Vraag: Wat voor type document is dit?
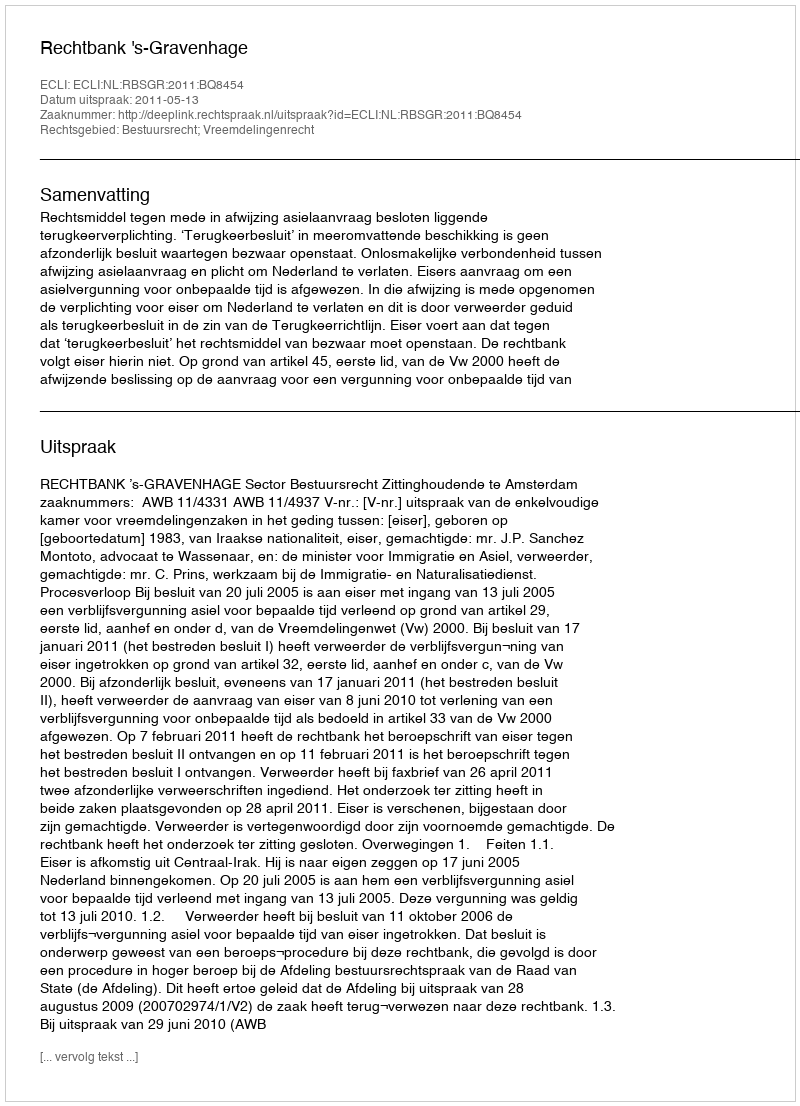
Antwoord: Uitspraak